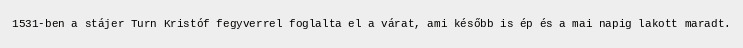
1531-ben a stájer Turn Kristóf fegyverrel foglalta el a várat, ami később is ép és a mai napig lakott maradt.